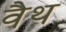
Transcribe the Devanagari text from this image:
वैथ